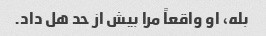
بله، او واقعاً مرا بیش از حد هل داد.